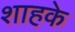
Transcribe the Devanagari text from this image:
शाहके